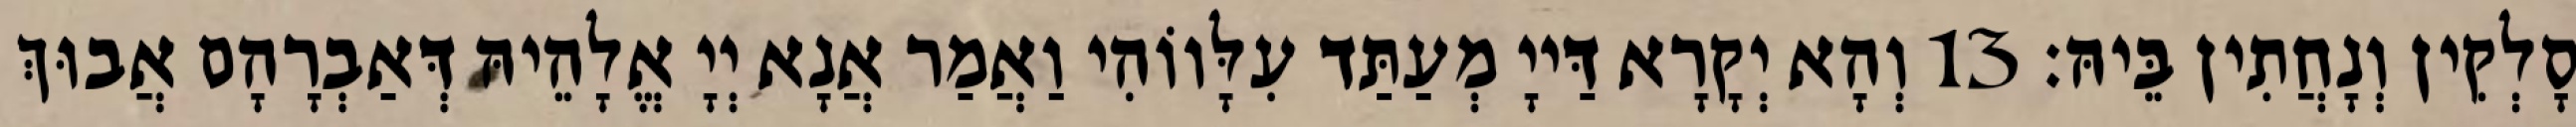
סָלְקִין וְנָחֲתִין בֵּיהּ׃ 13 וְהָא יְקָרָא דַּייָ מְעַתַּד עִלָּווֹהִי וַאֲמַר אֲנָא יְיָ אֱלָהֵיהּ דְּאַבְרָהָם אֲבוּךְ